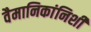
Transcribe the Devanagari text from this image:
वैमानिकांनिशी